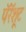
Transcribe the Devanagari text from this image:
पॅरॅशूट